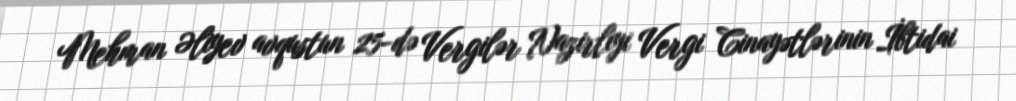
Mehman Əliyev avqustun 25-də Vergilər Nazirliyi Vergi Cinayətlərinin İbtidai